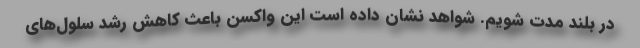
در بلند مدت شویم. شواهد نشان داده است این واکسن باعث کاهش رشد سلول‌های